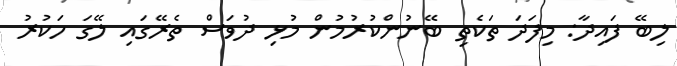
ލިބޭ ފައިދާ: މިފަދަ ތަކެތި ބޭނުންކުރުމުން މުޅި ދުވަސް ތެރޭގައި ލޭގަ ހަކުރު